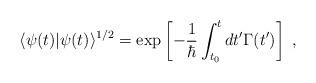
LaTeX: \begin{align*}\langle\psi(t)|\psi(t)\rangle^{1/2} = \exp\left[-\frac{1}{\hbar}\int_{t_0}^tdt' \Gamma(t') \right] \; ,\end{align*}